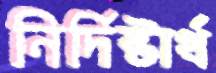
নির্দিষ্টার্থ